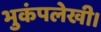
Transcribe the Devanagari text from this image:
भुकंपलेखी।